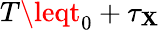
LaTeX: T\leqt_{0}+\tau_{\mathbf{X}}